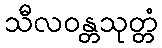
သီလဝန္တသုတ္တံ